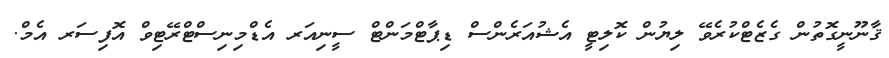
ޤާނޫނީގޮތުން ގެޒެޓްކުރެވޭ ލިޔުން ކޮލިޓީ އެޝުއަރެންސް ޑިޕާޓްމަންޓް ސީނިއަރ އެޑްމިނިސްޓްރޭޓިވް އޮފިސަރ އެމް.